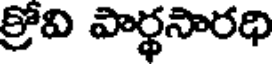
క్రోవి పార్థసారధి